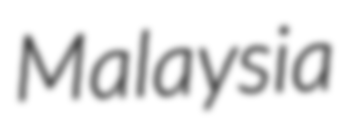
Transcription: Malaysia